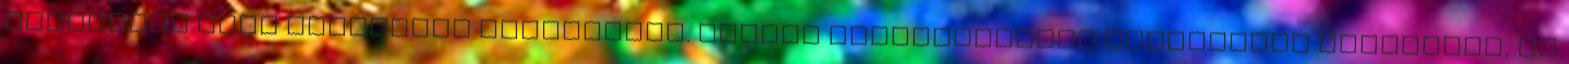
szélesebb kört formáltak körülöttük. Dühödt elszántsággal rontottunk egymásnak, az